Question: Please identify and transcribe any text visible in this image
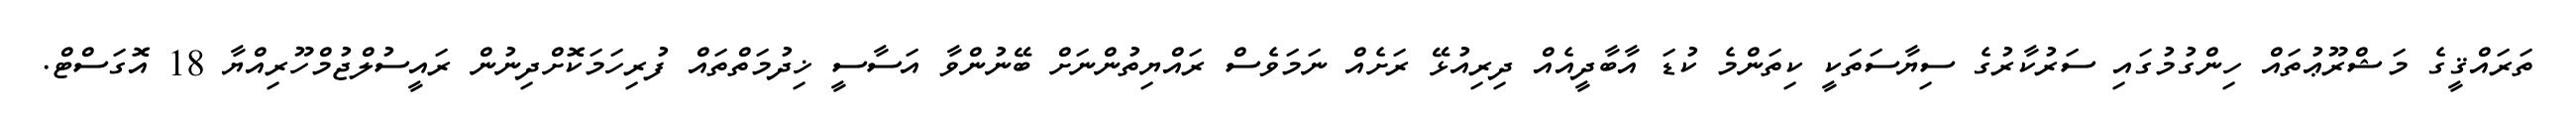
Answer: ތަރައްޤީގެ މަޝްރޫޢުތައް ހިންގުމުގައި ސަރުކާރުގެ ސިޔާސަތަކީ ކިތަންމެ ކުޑަ އާބާދީއެއް ދިރިއުޅޭ ރަށެއް ނަމަވެސް ރައްޔިތުންނަށް ބޭނުންވާ އަސާސީ ޚިދުމަތްތައް ފުރިހަމަކޮށްދިނުން ރައީސުލްޖުމްހޫރިއްޔާ 18 އޮގަސްޓް.